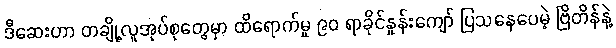
ဒီဆေးဟာ တချို့လူအုပ်စုတွေမှာ ထိရောက်မှု ၉၀ ရာခိုင်နှုန်းကျော် ပြသနေပေမဲ့ ဗြိတိန်နဲ့